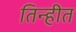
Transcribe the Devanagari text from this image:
तिन्हीत